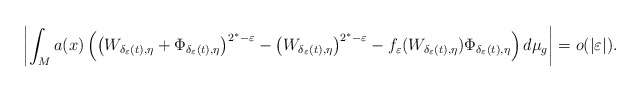
\begin{align*}\left|\int_{M}a(x)\left(\left(W_{\delta_{\varepsilon}(t),\eta}+\Phi_{\delta_{\varepsilon}(t),\eta}\right)^{2^{*}-\varepsilon}-\left(W_{\delta_{\varepsilon}(t),\eta}\right)^{2^{*}-\varepsilon}-f_{\varepsilon}(W_{\delta_{\varepsilon}(t),\eta})\Phi_{\delta_{\varepsilon}(t),\eta}\right)d\mu_{g}\right|=o(|\varepsilon|).\end{align*}